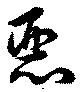
悪